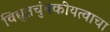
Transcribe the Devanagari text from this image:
विद्युतचुंबकीयत्वाचा